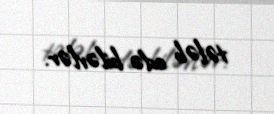
tələb edə bilərlər.